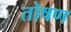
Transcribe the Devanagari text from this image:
तोषण